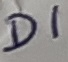
Text: D1